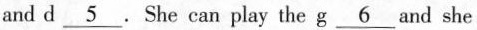
and d \underline5 . She can play the g _6 and she